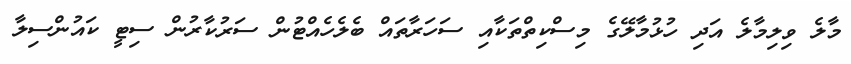
މާލެ ވިލިމާލެ އަދި ހުޅުމާލޭގެ މިސްކިތްތަކާއި ސަހަރާތައް ބެލެހެއްޓުން ސަރުކާރުން ސިޓީ ކައުންސިލާ